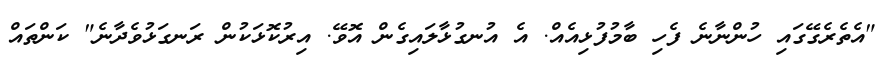
"އެތެރެގޭގައި ހުންނާނެ ފެހި ބާމުފުޅިއެއް. އެ އުނގުޅާލައިގެން އޮވޭ. އިރުކޮޅަކުން ރަނގަޅުވެދާނެ" ކަންތައް